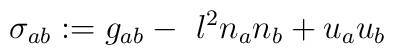
\sigma _{ab}:=g_{ab}-~l^{2}n_{a}n_{b}+u_{a}u_{b}